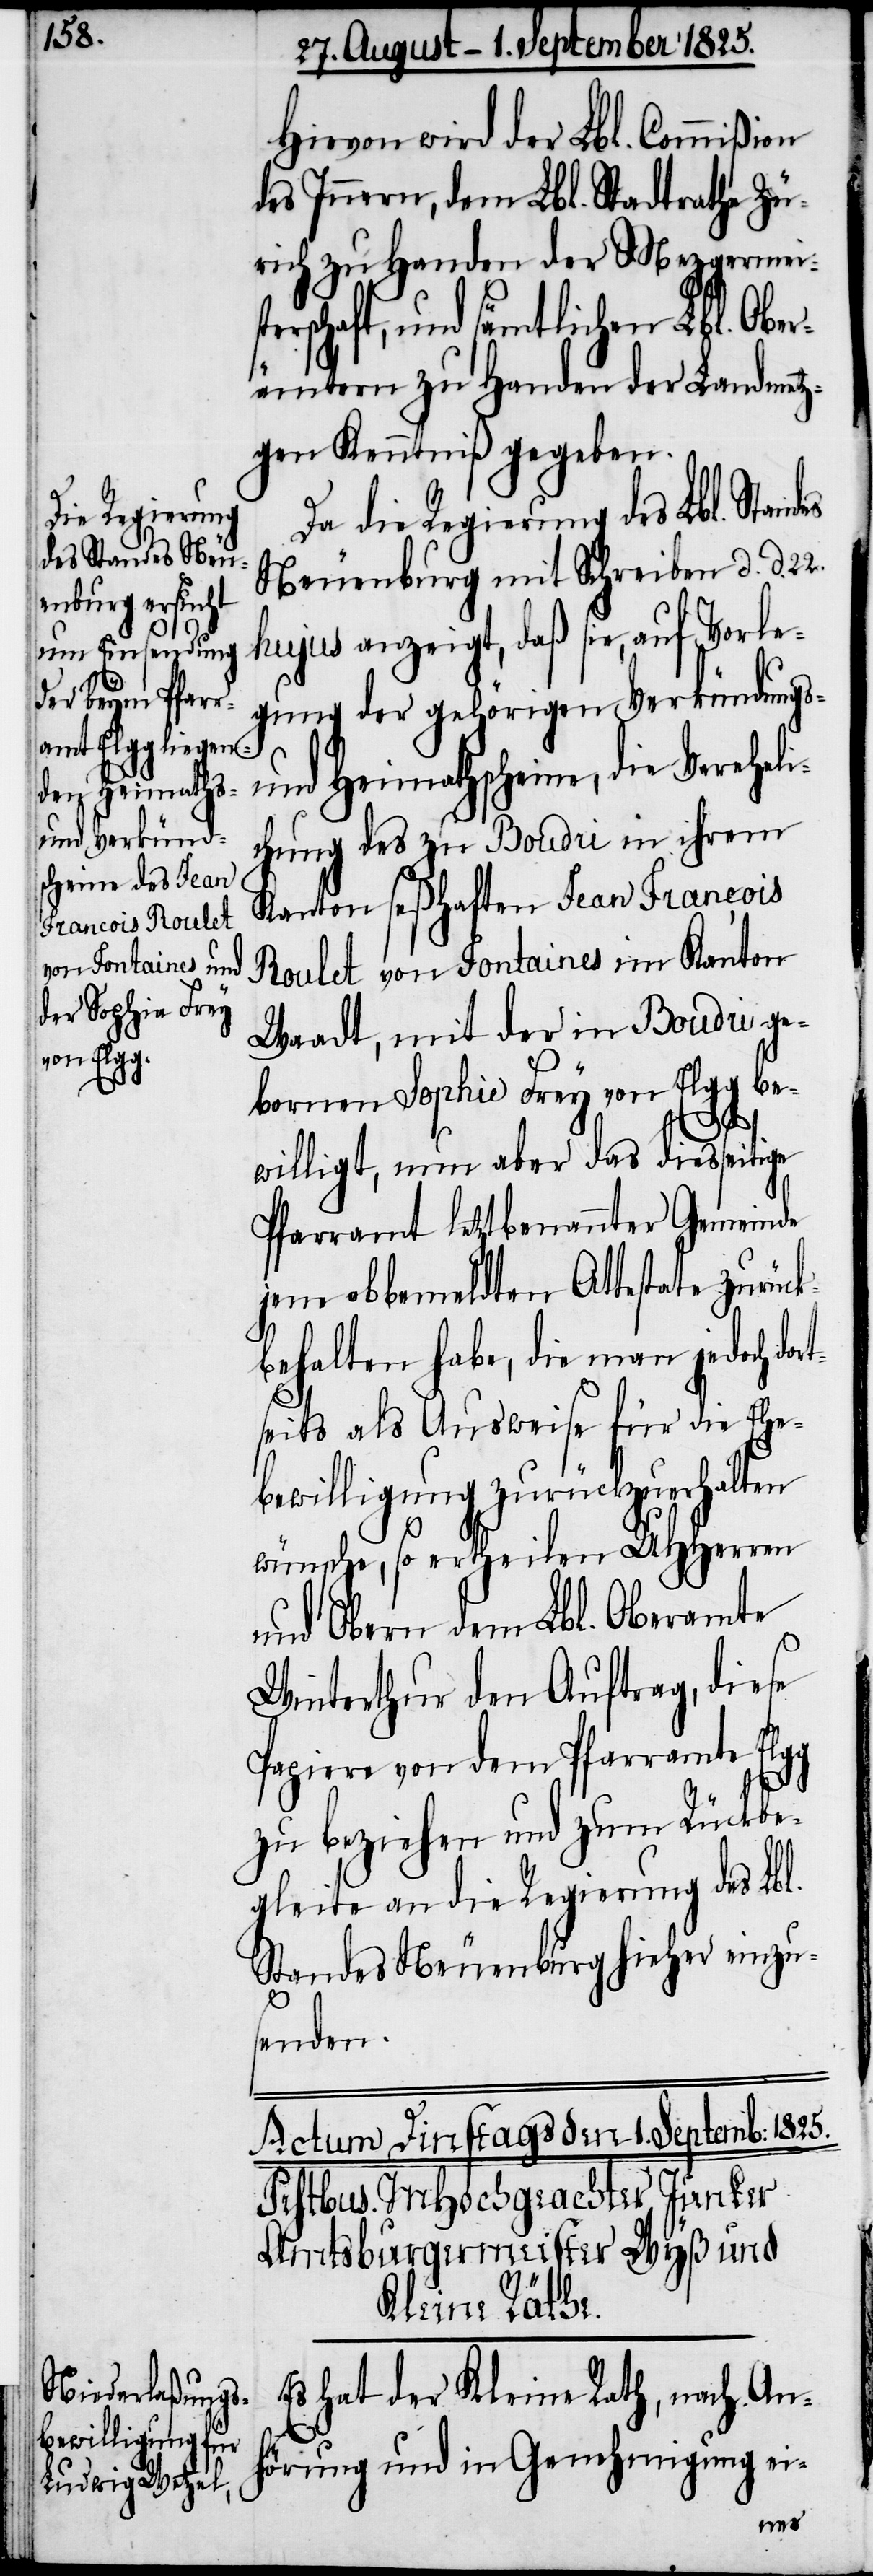
Hiervon wird der Lbl. Commißion
des Innern, dem Lbl. Stadtrathe Zü¬
rich zu Handen der Mezgermeis¬
schaft, und sämtlichen Lbl. Obe¬
rämtern zu Handen der Landmetz¬
gen Kenntniß gegeben.
Da die Regierung des Lbl. Sta¬
Neuenburg mit Schreiben d. d.
hujus anzeigt, daß sie, auf Vorle¬
gung der gehörigen Verkündungs-
und Heimathscheine, die Verehel¬
ichung des zu Boudri in ihrem
Kanton seßhaften Jean Francois
Roulet von Fontaines im Kanton
Waadt, mit der in Boudri ge¬
bornen Sophie Frey von Elgg be¬
willigt, nun aber das diesseitige
Pfarramt letztbenannter Gemeinde
jene obbemeldten Attestate zurück¬
behalten habe, die man jedoch dor¬
tseits als Ausweise für die Ehe¬
bewilligung zurückzuerhalten
wünsche, so ertheilen UHHerren
und Obern dem Lbl. Oberamte
Winterthur den Auftrag, diese
Papiere von dem Pfarramte Elgg
zu beziehen und zum Rückbe¬
gleite an die Regierung des Lbl.
Standes Neuenburg hieher einzu¬
senden.
Es hat der Kleine Rath, nach An¬
hörung und in Genehmigung ei-
ndes